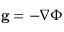
\mathbf { \vec { g } } = - \nabla \Phi